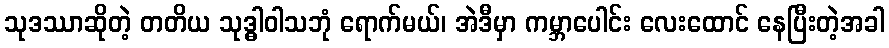
သုဒဿာဆိုတဲ့ တတိယ သုဒ္ဓါဝါသဘုံ ရောက်မယ်၊ အဲဒီမှာ ကမ္ဘာပေါင်း လေးထောင် နေပြီးတဲ့အခါ